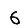
Digit: 6